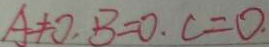
A \neq 0 , B = 0 , C = 0 ,